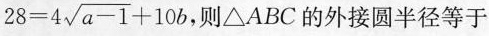
$$2 8 = 4 \sqrt { a - 1 } + 1 0 b$$，则\Delta ABC的外接圆半径等于